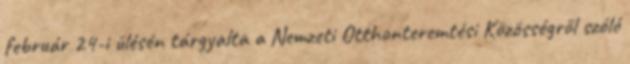
február 24-i ülésén tárgyalta a Nemzeti Otthonteremtési Közösségről szóló